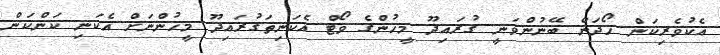
އެކުވެރިކަން ހޯދަން ބޭނުންވަނީ ގުރައިދޫ މީހުންގެ ވޯޓް އެކަނިތަގުރައިދޫ މީހުންނަށް އެކަނި ކަންކަން